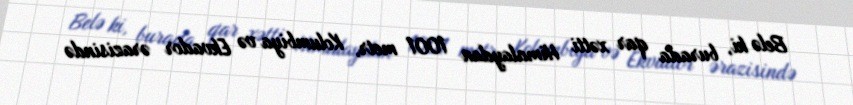
Belə ki, burada qar xətti Himalaydan 1001 metr, Kolumbiya və Ekvador ərazisində